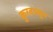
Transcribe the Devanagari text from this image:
कुरवाळून